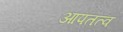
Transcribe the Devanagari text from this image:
आपतत्व